Civil Veterinary Department ledger series I-VI
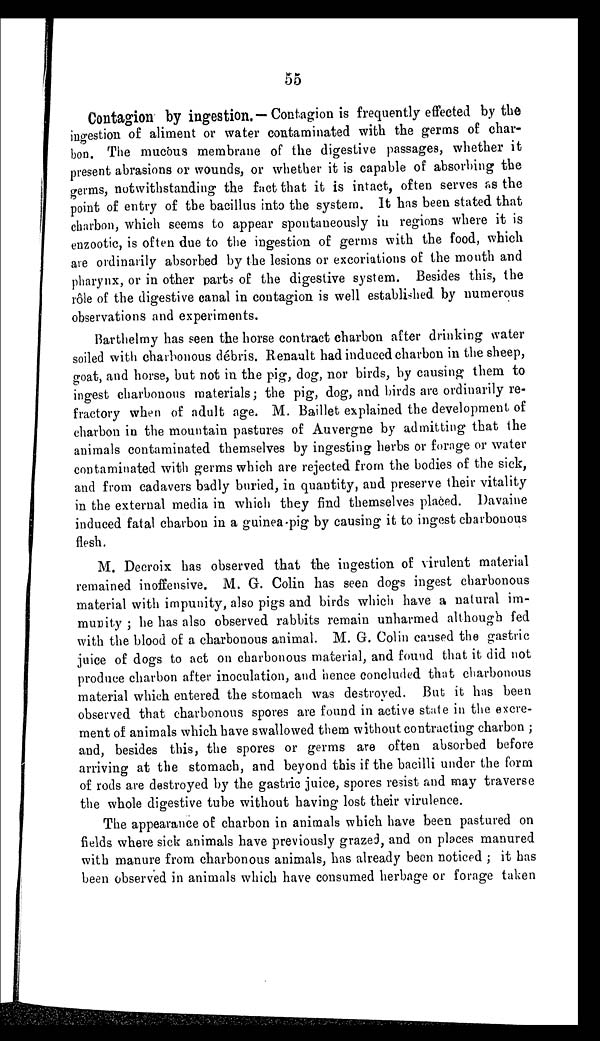
55
Contagion by ingestion.—Contagion is frequently effected by the
ingestion of aliment or water contaminated with the germs of char-
bon. The mucous membrane of the digestive passages, whether it
present abrasions or wounds, or whether it is capable of absorbing the
germs, notwithstanding the fact that it is intact, often serves as the
point of entry of the bacillus into the system. It has been stated that
charbon, which seems to appear spontaneously in regions where it is
enzootic, is often due to the ingestion of germs with the food, which
are ordinarily absorbed by the lesions or excoriations of the mouth and
pharynx, or in other parts of the digestive system. Besides this, the
rôle of the digestive canal in contagion is well established by numerous
observations and experiments.
Barthelmy has seen the horse contract charbon after drinking water
soiled with charbonous débris. Renault had induced charbon in the sheep,
goat, and horse, but not in the pig, dog, nor birds, by causing them to
ingest charbonous materials; the pig, dog, and birds are ordinarily re-
fractory when of adult age. M. Baillet explained the development of
charbon in the mountain pastures of Auvergne by admitting that the
animals contaminated themselves by ingesting herbs or forage or water
contaminated with germs which are rejected from the bodies of the sick,
and from cadavers badly buried, in quantity, and preserve their vitality
in the external media in which they find themselves placed. Davaine
induced fatal charbon in a guinea-pig by causing it to ingest charbonous
flesh.
M. Decroix has observed that the ingestion of virulent material
remained inoffensive. M. G. Colin has seen dogs ingest charbonous
material with impunity, also pigs and birds which have a natural im-
munity; he has also observed rabbits remain unharmed although fed
with the blood of a charbonous animal. M. G. Colin caused the gastric
juice of dogs to act on charbonous material, and found that it did not
produce charbon after inoculation, and hence concluded that charbonous
material which entered the stomach was destroyed. But it has been
observed that charbonous spores are found in active state in the excre-
ment of animals which have swallowed them without contracting charbon;
and, besides this, the spores or germs are often absorbed before
arriving at the stomach, and beyond this if the bacilli under the form
of rods are destroyed by the gastric juice, spores resist and may traverse
the whole digestive tube without having lost their virulence.
The appearance of charbon in animals which have been pastured on
fields where sick animals have previously grazed, and on places manured
with manure from charbonous animals, has already been noticed; it has
been observed in animals which have consumed herbage or forage taken